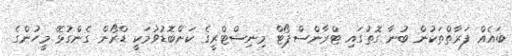
ބައެއް ފަރާތްތަކުން ބުނާ ގޮތުގައި ޓްރާންސްޕޯޓް މިނިސްޓްރީގެ ކަންބޮޑުވުމަކީ ޑްރޯން ގެންގުޅޭ މީހުންގެ